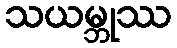
သယမ္ဘုဿ